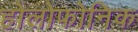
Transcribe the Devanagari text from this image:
होलोफोनिक